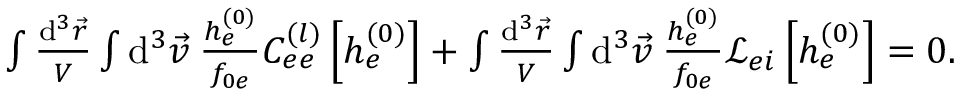
\begin{array} { r } { \int \frac { \mathrm { d } ^ { 3 } \vec { r } } { V } \int \mathrm { d } ^ { 3 } \vec { v } \: \frac { h _ { e } ^ { ( 0 ) } } { f _ { 0 e } } C _ { e e } ^ { ( l ) } \left[ h _ { e } ^ { ( 0 ) } \right] + \int \frac { \mathrm { d } ^ { 3 } \vec { r } } { V } \int \mathrm { d } ^ { 3 } \vec { v } \: \frac { h _ { e } ^ { ( 0 ) } } { f _ { 0 e } } \mathcal { L } _ { e i } \left[ h _ { e } ^ { ( 0 ) } \right] = 0 . } \end{array}